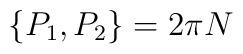
\{P_1, P_2\}=2 \pi N